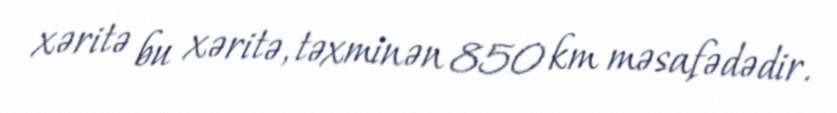
xəritə bu xəritə, təxminən 850 km məsafədədir.